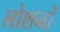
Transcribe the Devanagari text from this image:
लोशनों